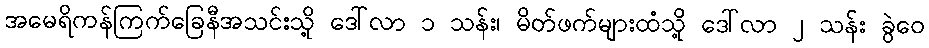
အမေရိကန်ကြက်ခြေနီအသင်းသို့ ဒေါ်လာ ၁ သန်း၊ မိတ်ဖက်များထံသို့ ဒေါ်လာ ၂ သန်း ခွဲဝေ